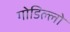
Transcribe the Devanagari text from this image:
गोडिल्लो